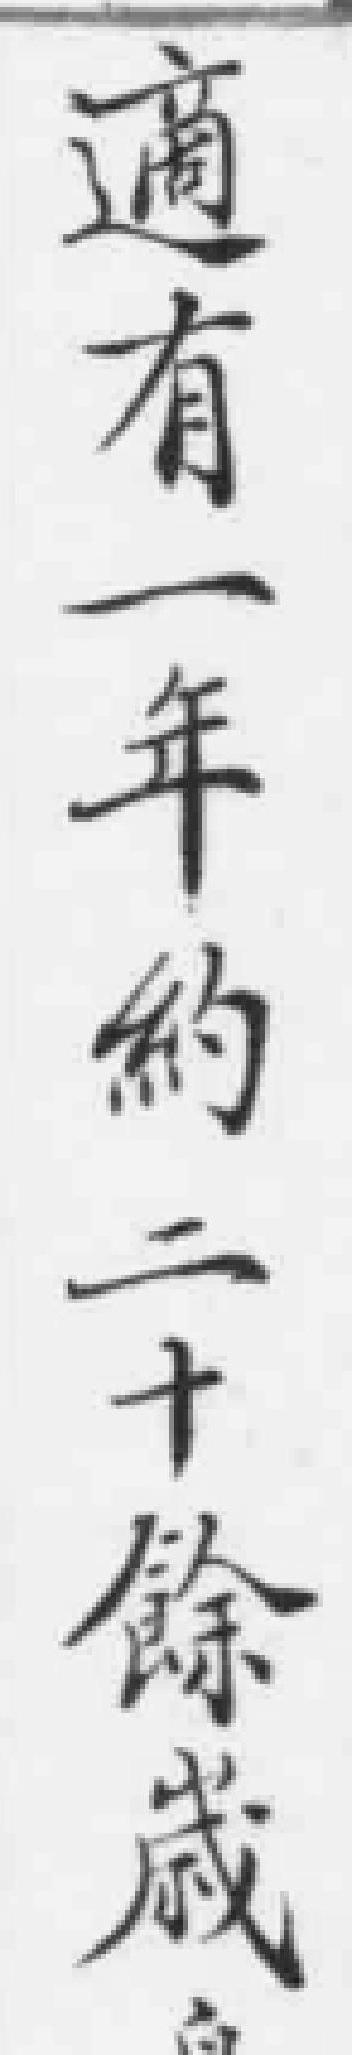
適有一年約二十餘歲